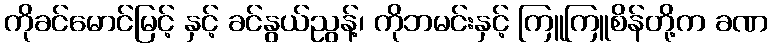
ကိုခင်မောင်မြင့် နှင့် ခင်နွယ်ညွန့်၊ ကိုဘမင်းနှင့် ကြူကြူစိန်တို့က ခဏ